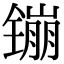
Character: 镚